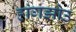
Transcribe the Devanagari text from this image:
हांगझोउ